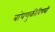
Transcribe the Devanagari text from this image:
बांधणुकीविषयी